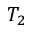
T _ { 2 }